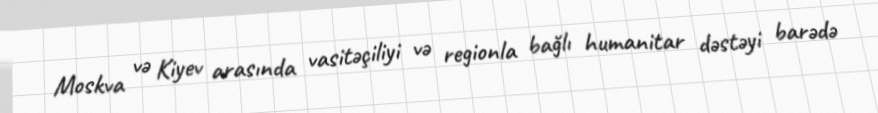
Moskva və Kiyev arasında vasitəçiliyi və regionla bağlı humanitar dəstəyi barədə